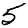
Digit: 5